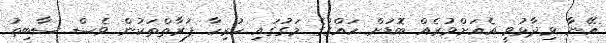
އޭނާ ވިދާޅުވީ އެއަށްވުރެއް ބޮޑަށް ހައްގުގެ މަގުގައި ހުރިހާ ފަރާތްތަކުން ވެސް ސާބިތު